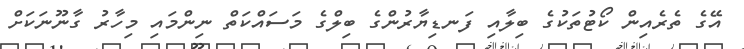
އޭގެ ތެރެއިން ކޯޓުތަކުގެ ބިލާއި ފަނޑިޔާރުންގެ ބިލްގެ މަސައްކަތް ނިންމައި މިހާރު ގާނޫނަކަށް